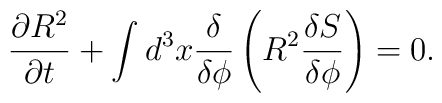
\frac{\partial R^{2}}{\partial t}+\int d^{3}x\frac{\delta}{\delta\phi}\left(R^{2}\frac{\delta S}{\delta\phi}\right)  =0.